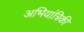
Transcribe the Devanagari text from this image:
अभियांत्रिकी